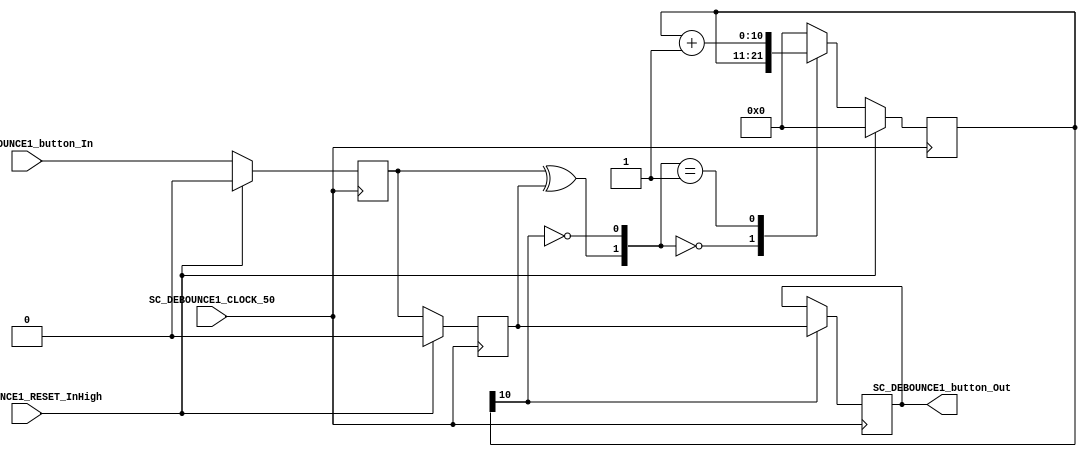
/*######################################################################
//#	G0B1T: HDL EXAMPLES. 2018.
//######################################################################
//# Copyright (C) 2018. F.E.Segura-Quijano (FES) fsegura@uniandes.edu.co
//# 
//# This program is free software: you can redistribute it and/or modify
//# it under the terms of the GNU General Public License as published by
//# the Free Software Foundation, version 3 of the License.
//#
//# This program is distributed in the hope that it will be useful,
//# but WITHOUT ANY WARRANTY; without even the implied warranty of
//# MERCHANTABILITY or FITNESS FOR A PARTICULAR PURPOSE.  See the
//# GNU General Public License for more details.
//#
//# You should have received a copy of the GNU General Public License
//# along with this program.  If not, see <http://www.gnu.org/licenses/>
//####################################################################*/
// FROM: DeBounce_v.v https://eewiki.net/pages/viewpage.action?pageId=13599139

//////////////////////// Button Debounceer ///////////////////////////////////////
//***********************************************************************
// FPGA: MachXO2 7000HE
// IDE: Diamond 2.0.1 
//
// HDL IS PROVIDED "AS IS." DIGI-KEY EXPRESSLY DISCLAIMS ANY
// WARRANTY OF ANY KIND, WHETHER EXPRESS OR IMPLIED, INCLUDING BUT NOT
// LIMITED TO, THE IMPLIED WARRANTIES OF MERCHANTABILITY, FITNESS FOR A
// PARTICULAR PURPOSE, OR NON-INFRINGEMENT. IN NO EVENT SHALL DIGI-KEY
// BE LIABLE FOR ANY INCIDENTAL, SPECIAL, INDIRECT OR CONSEQUENTIAL
// DAMAGES, LOST PROFITS OR LOST DATA, HARM TO YOUR EQUIPMENT, COST OF
// PROCUREMENT OF SUBSTITUTE GOODS, TECHNOLOGY OR SERVICES, ANY CLAIMS
// BY THIRD PARTIES (INCLUDING BUT NOT LIMITED TO ANY DEFENSE THEREOF),
// ANY CLAIMS FOR INDEMNITY OR CONTRIBUTION, OR OTHER SIMILAR COSTS.
// DIGI-KEY ALSO DISCLAIMS ANY LIABILITY FOR PATENT OR COPYRIGHT
// INFRINGEMENT.
//
// Version History
// Version 1.0 04/11/2013 Tony Storey
// Initial Public Release
// Small Footprint Button Debouncer

//`timescale 1 ns / 100 ps
module  SC_DEBOUNCE1 
	(
	input 			SC_DEBOUNCE1_CLOCK_50, SC_DEBOUNCE1_RESET_InHigh, SC_DEBOUNCE1_button_In,				// inputs
	output reg 	SC_DEBOUNCE1_button_Out													// output
	);
//// ---------------- internal constants --------------
	parameter N = 11 ;		// (2^ (21-1) )/ 38 MHz =  ms debounce time
////---------------- internal variables ---------------
	reg  [N-1 : 0]	q_reg;							// timing regs
	reg  [N-1 : 0]	q_next;
	reg DFF1, DFF2;									// input flip-flops
	wire q_add;											// control flags
	wire q_reset;
//// ------------------------------------------------------

////contenious assignment for counter control
	assign q_reset = (DFF1  ^ DFF2);		// xor input flip flops to look for level chage to reset counter
	assign  q_add = ~(q_reg[N-1]);			// add to counter when q_reg msb is equal to 0
	
//// combo counter to manage q_next	
	always @ ( q_reset, q_add, q_reg)
		begin
			case( {q_reset , q_add})
				2'b00 :
						q_next <= q_reg;
				2'b01 :
						q_next <= q_reg + 1;
				default :
						q_next <= { N {1'b0} };
			endcase 	
		end
	
//// Flip flop inputs and q_reg update
	always @ ( posedge SC_DEBOUNCE1_CLOCK_50 )
		begin
			if(SC_DEBOUNCE1_RESET_InHigh ==  1'b1)
				begin
					DFF1 <= 1'b0;
					DFF2 <= 1'b0;
					q_reg <= { N {1'b0} };
				end
			else
				begin
					DFF1 <= SC_DEBOUNCE1_button_In;
					DFF2 <= DFF1;
					q_reg <= q_next;
				end
		end
	
//// counter control
	always @ ( posedge SC_DEBOUNCE1_CLOCK_50 )
		begin
			if(q_reg[N-1] == 1'b1)
					SC_DEBOUNCE1_button_Out <= DFF2;
			else
					SC_DEBOUNCE1_button_Out <= SC_DEBOUNCE1_button_Out;
		end

	endmodule